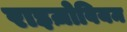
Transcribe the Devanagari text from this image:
राइज़ोवियम